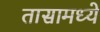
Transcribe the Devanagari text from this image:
तासामध्ये